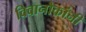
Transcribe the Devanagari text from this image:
विवानौकांनी